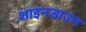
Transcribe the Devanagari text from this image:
शाइनडाउन